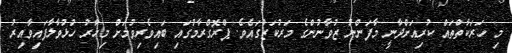
މި ހަރަކާތްތައް ކުރިއަށްދާނީ މާފަންނު ޒުވާނުންގެ މަރުކަޒުގައެވެ. ޕްރޮގްރާމުގައި ބައިވެރިވުމަށް މިހާރު ހުޅުވާލާފައިވާއިރު